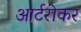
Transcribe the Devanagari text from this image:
आर्टरोकर